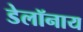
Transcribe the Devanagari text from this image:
डेलॉनाय